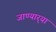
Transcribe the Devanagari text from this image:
जाण्यार्‍या